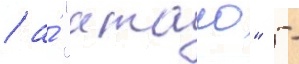
/ а́ "атаго" -